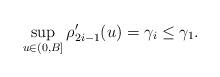
LaTeX: \begin{align*}\sup_{u\in(0,B]} \rho_{2i-1}'(u) = \gamma_i \leq \gamma_1.\end{align*}